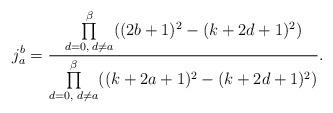
LaTeX: \begin{align*}j_{a}^b=\frac{\prod\limits_{d=0,\;d\neq a}^{\beta}((2b+1)^2-(k+2d+1)^2)}{\prod\limits_{d=0,\;d\neq a}^{\beta}((k+2a+1)^2-(k+2d+1)^2)}.\end{align*}